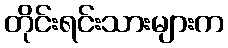
တိုင်းရင်းသားများက